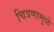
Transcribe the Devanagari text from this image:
चित्रणामुळे